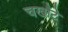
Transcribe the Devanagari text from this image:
चखौटे